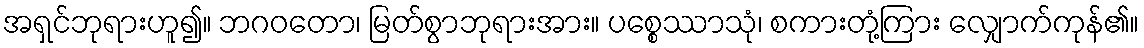
အရှင်ဘုရားဟူ၍။ ဘဂဝတော၊ မြတ်စွာဘုရားအား။ ပစ္စေဿာသုံ၊ စကားတုံ့ကြား လျှောက်ကုန်၏။